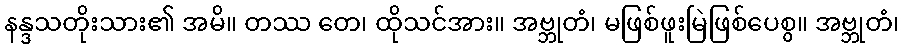
နန္ဒသတိုးသား၏ အမိ။ တဿ တေ၊ ထိုသင်အား။ အဗ္ဘုတံ၊ မဖြစ်ဖူးမြဲဖြစ်ပေစွ။ အဗ္ဘုတံ၊